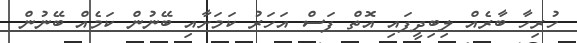
ހުރިހާ ބާރެއް ލިބިދީފައި އޮތް ފަސް އަހަރު ކަމަށާއި ބޭނުން ކަމެއް ބޭނުން